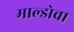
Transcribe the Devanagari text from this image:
माल्डोवा